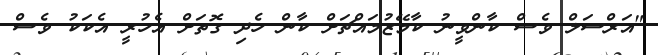
"އަރްސަލް ވެސް ކާންވީނު ކާމޭޒުމައްޗަށް ކާން ހެދި ގޮތަށް އެހުރީ އެކަކު ވެސް